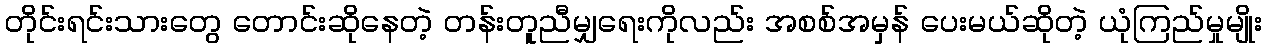
တိုင်းရင်းသားတွေ တောင်းဆိုနေတဲ့ တန်းတူညီမျှရေးကိုလည်း အစစ်အမှန် ပေးမယ်ဆိုတဲ့ ယုံကြည်မှုမျိုး